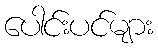
ပေါင်းပင်များ